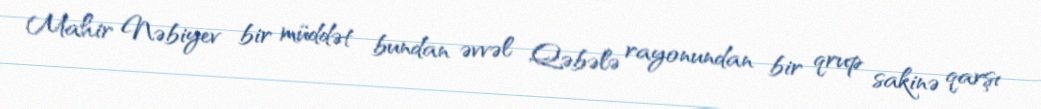
Mahir Nəbiyev bir müddət bundan əvvəl Qəbələ rayonundan bir qrup sakinə qarşı